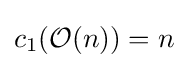
c_{1}({\mathcal {O}}(n))=n